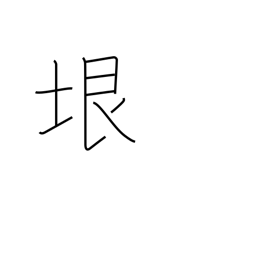
Meaning: limit